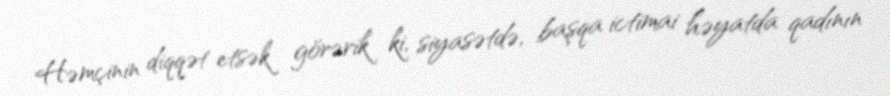
Həmçinin diqqət etsək görərik ki, siyasətdə, başqa ictimai həyatda qadının